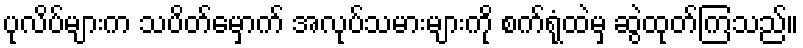
ပုလိပ်များက သပိတ်မှောက် အလုပ်သမားများကို စက်ရုံထဲမှ ဆွဲထုတ်ကြသည်။